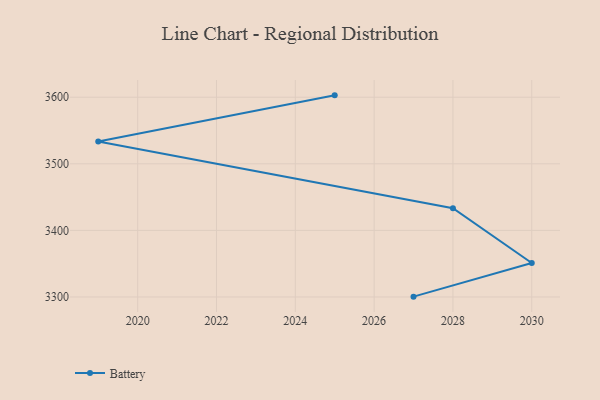
{"axis": {"x": "Year", "y": "Website Visitors"}, "legend": ["Battery"], "data": [{"x": "2027", "y": 3300.5, "type": "Battery"}, {"x": "2030", "y": 3351.1, "type": "Battery"}, {"x": "2028", "y": 3433.2, "type": "Battery"}, {"x": "2019", "y": 3533.5, "type": "Battery"}, {"x": "2025", "y": 3602.8, "type": "Battery"}]}